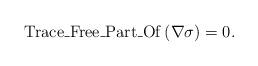
LaTeX: \begin{align*} \operatorname{Trace\_Free\_Part\_Of} \left(\nabla \sigma\right)=0. \end{align*}